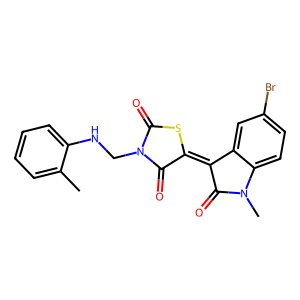
SMILES: Cc1ccccc1NCN1C(=O)SC(=C2C(=O)N(C)c3ccc(Br)cc32)C1=O
Inhibits HIV replication: No